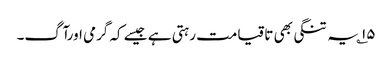
۱۵؎ یہ تنگی بھی تاقیامت رہتی ہے جیسے کہ گرمی اورآگ۔